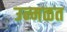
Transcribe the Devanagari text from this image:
उन्मळत